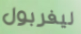
ليفربول